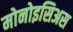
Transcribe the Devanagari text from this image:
मोनोइसिअस